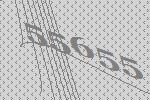
55655